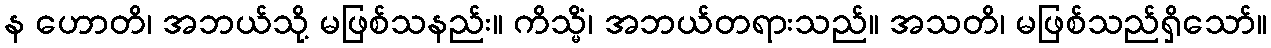
န ဟောတိ၊ အဘယ်သို့ မဖြစ်သနည်း။ ကိသ္မိံ၊ အဘယ်တရားသည်။ အသတိ၊ မဖြစ်သည်ရှိသော်။